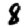
Digit: 8